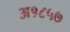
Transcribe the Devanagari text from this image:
अ१८५७